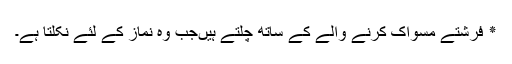
٭ فرشتے مسواک کرنے والے کے ساتھ چلتے ہیںجب وہ نماز کے لئے نکلتا ہے۔